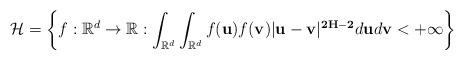
LaTeX: \begin{align*}\mathcal{H}=\left\lbrace f:\mathbb{R}^{d} \rightarrow \mathbb{R}: \int_{\mathbb{R}^{d}} \int_{\mathbb{R}^{d}} f(\mathbf{u}) f( \mathbf{v}) \vert \mathbf{u} - \mathbf{v}\vert ^{\mathbf{2H-2}} d\mathbf{u} d\mathbf{v} < + \infty \right\rbrace\end{align*}